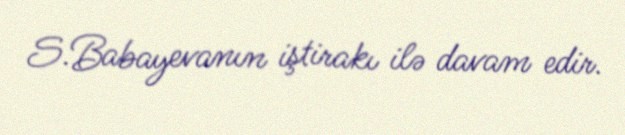
S.Babayevanın iştirakı ilə davam edir.